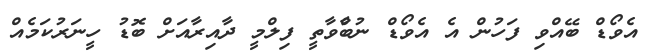
އެވޯޑް ބޭއްވި ފަހުން އެ އެވޯޑް ނުބާްވާތީ ފިލްމީ ދާއިރާއަށް ބޮޑު ހީނަރުކަމެއް